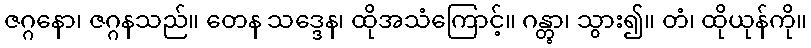
ဇဂ္ဂနော၊ ဇဂ္ဂနသည်။ တေန သဒ္ဒေန၊ ထိုအသံကြောင့်။ ဂန္တွာ၊ သွား၍။ တံ၊ ထိုယုန်ကို။